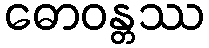
ဓောဝန္တဿ